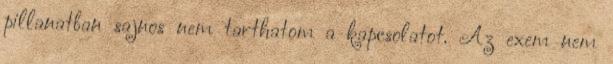
pillanatban sajnos nem tarthatom a kapcsolatot. Az exem nem